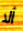
ألا